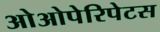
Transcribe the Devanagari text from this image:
ओओपेरिपेटस